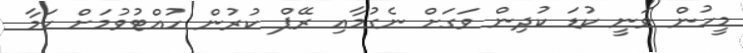
މީހުން ވަނީ ކުޑަ ކުދިން ވަގަށް ނެގުމާއި ރޭޕް ކުރުން ހުއްޓުވުމަށް ކަމާ